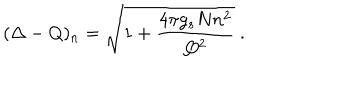
LaTeX: ( \Delta - Q ) _ { n } = \sqrt { 1 + \frac { 4 \pi g _ { s } N n ^ { 2 } } { Q ^ { 2 } } } ~ .